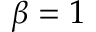
\beta = 1